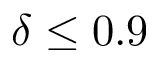
\delta \leq 0 . 9